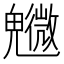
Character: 𩴰